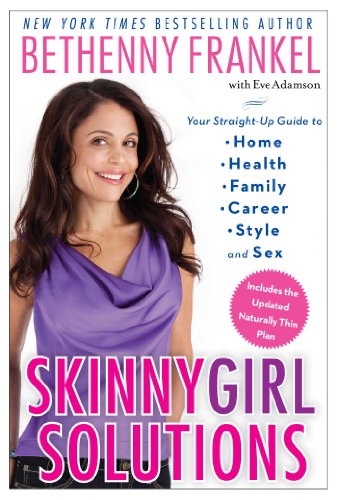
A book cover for Skinnygirl Solutions: Your Straight-Up Guide to Home, Health, Family, Career, Style, and Sex; Bethenny Frankel; Health, Fitness & Dieting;